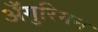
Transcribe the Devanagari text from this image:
अँगुरियन